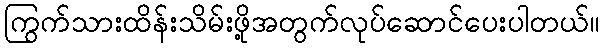
ကြွက်သားထိန်းသိမ်းဖို့အတွက်လုပ်ဆောင်ပေးပါတယ်။